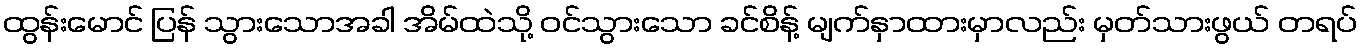
ထွန်းမောင် ပြန် သွားသောအခါ အိမ်ထဲသို့ ဝင်သွားသော ခင်စိန့် မျက်နှာထားမှာလည်း မှတ်သားဖွယ် တရပ်